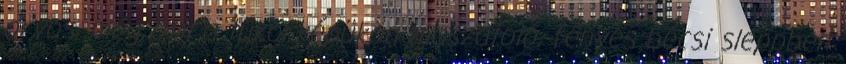
orvos, még ott, a tükörképükön maszatoló, fényes bécsi sleppben